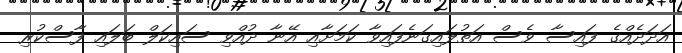
އަދަދެއްގެ ފައިސާ ވެސް އަތުލައިގަނެފައިވާ ކަމަށާއި އޭނާ ދުއްވި ސައިކަލް ބަލައި ފާސްކުރި